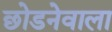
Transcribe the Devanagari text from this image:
छोडनेवाला